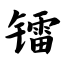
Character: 镭